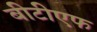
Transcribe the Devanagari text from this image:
बीटीएफ